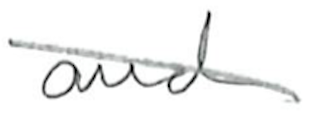
Text: and
Cross-out: diagonal
Writing tool: pencil